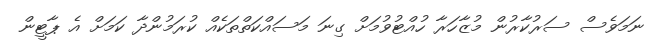
ނަމަވެސް ސަރުކާރުން މުޒާހަރާ ހުއްޓުވުމަށް ގިނަ މަސައްކަތްތަކެއް ކުރަމުންދާ ކަމަށް އެ ޕާޓީން